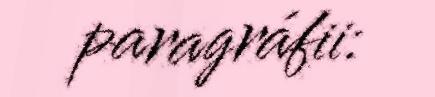
paragráfii: